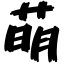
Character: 萌